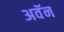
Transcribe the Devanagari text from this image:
अवॅन